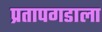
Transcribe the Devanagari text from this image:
प्रतापगडाला